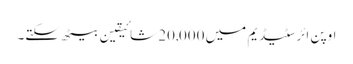
اوپن ائر سٹیڈیم میں 20,000 شائیقین بیٹھ سکتے۔